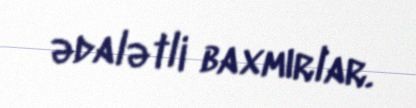
ədalətli baxmırlar.